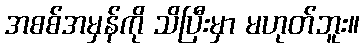
အစစ်အမှန်ကို သိပြီးမှာ မဟုတ်ဘူး။